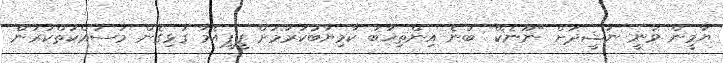
ޔާމީން ވަނީ ނަޝީދަށް "ނޫނެކޭ" ބުނެ އިންތިޚާބު ކާމިޔާބުކުރުމަށް ޕީޕީއެމާ ގުޅިގެން މަސައްކަތްކުރަން